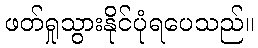
ဖတ်ရှုသွားနိုင်ပုံရပေသည်။